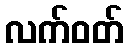
လက်ဝတ်